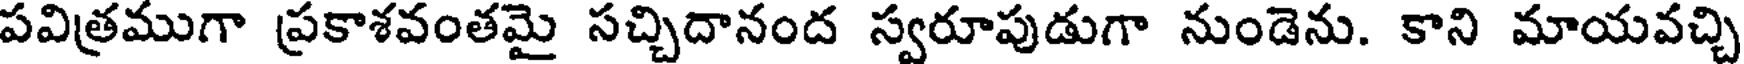
పవిత్రముగా ప్రకాశవంతమై సచ్చిదానంద స్వరూపుడుగా నుండెను. కాని మాయవచ్చి